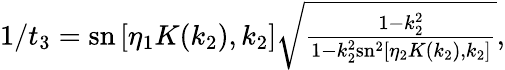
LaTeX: \begin{array}{r}{1/t_{3}=\mathrm{sn}\left[\eta_{1}K(k_{2}),k_{2}\right]\sqrt{\frac{1-k_{2}^{2}}{1-k_{2}^{2}\mathrm{sn}^{2}\left[\eta_{2}K(k_{2}),k_{2}\right]}},}\end{array}